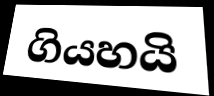
ගියහයි